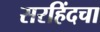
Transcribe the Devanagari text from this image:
सरहिंदचा